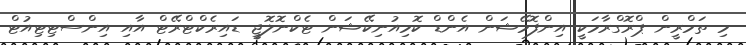
މި ތަމްރީން ޕްރޮގްރާމަކީ އިންފޮމޭޝަން އެންޑް ކޮމިއުނިކޭޝަން ޓެކްނޮލޮޖީ ޑައިރެކްޓްރޭޓް އާއި އިންސްޓިޓިއުޓް